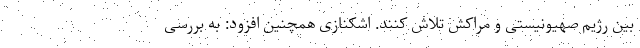
بین رژیم صهیونیستی و مراکش تلاش کنند. اشکنازی همچنین افزود: به بررسی